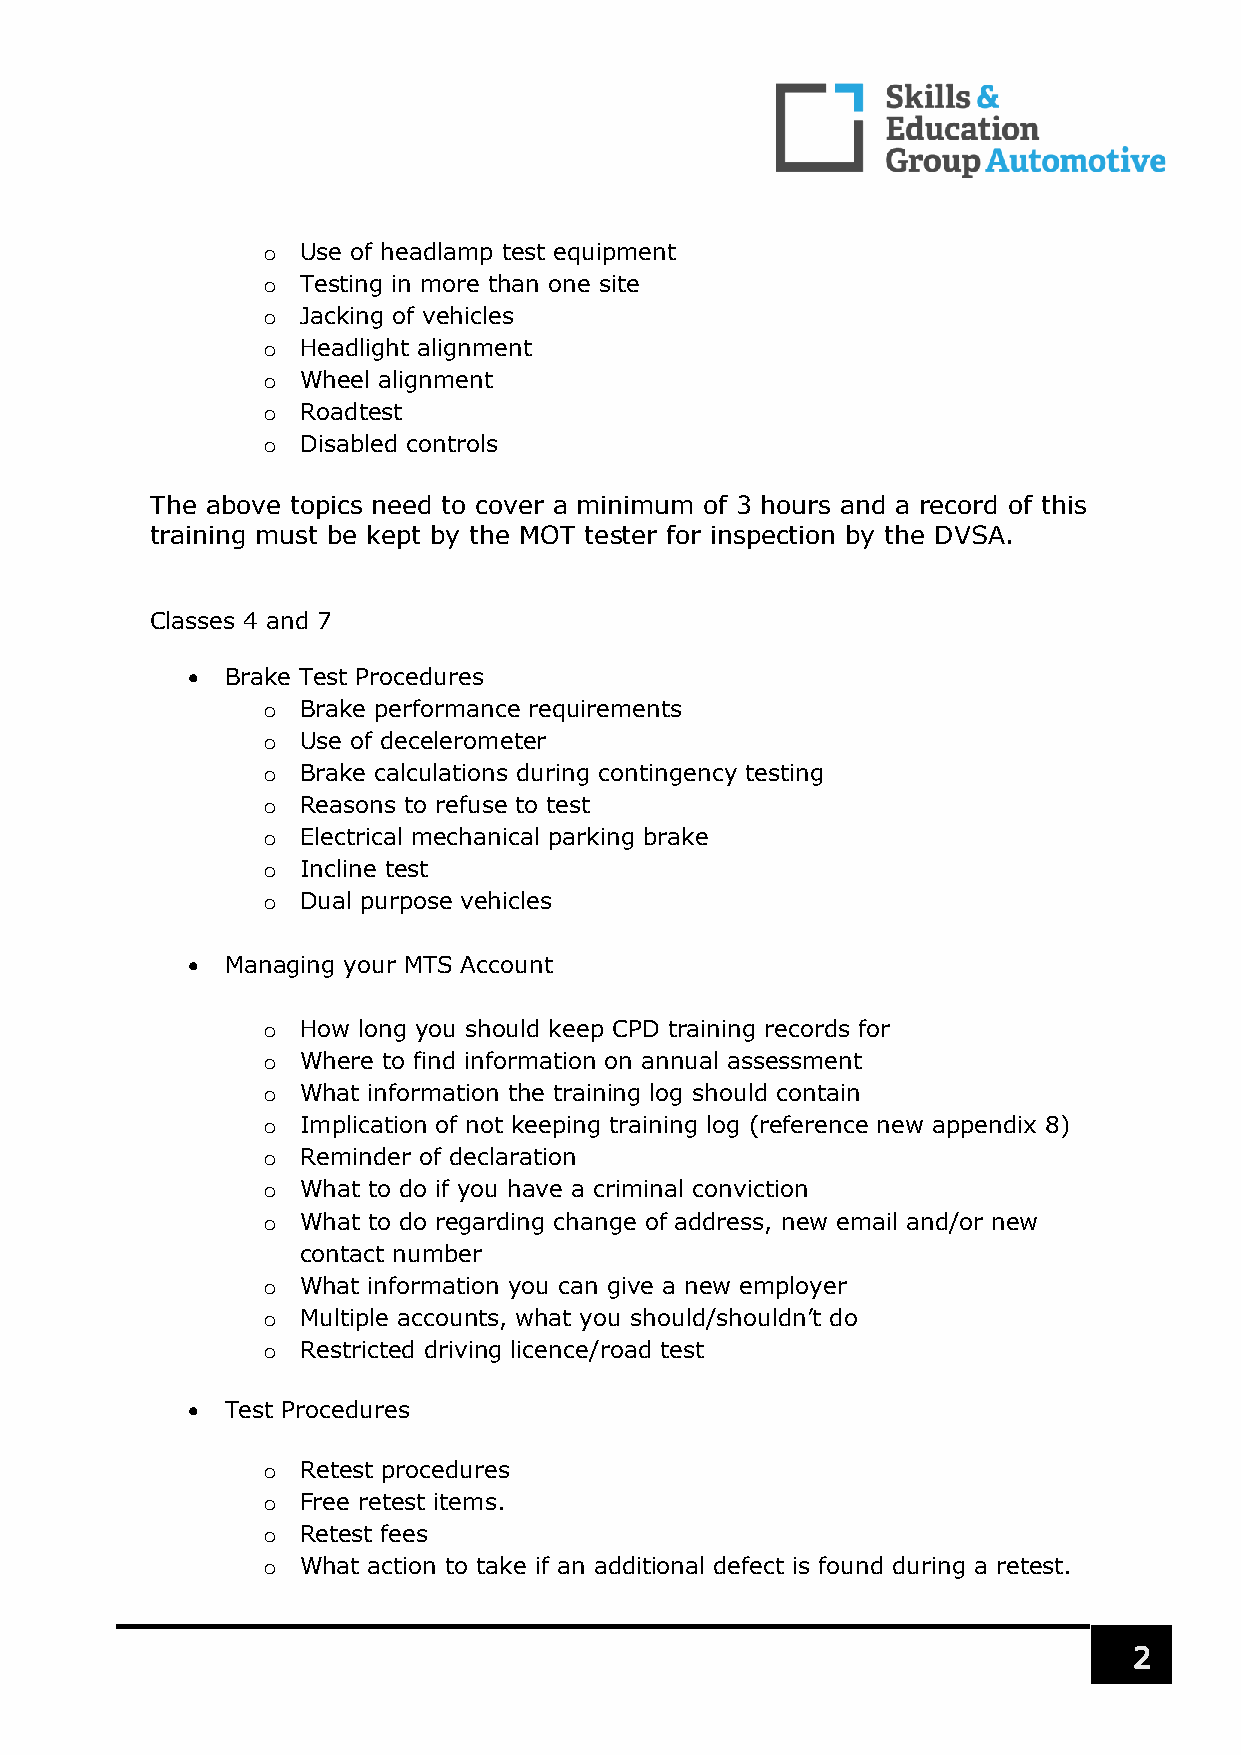
o  Use of headlamp test equipment
 o  Testing in more than one site
 o  Jacking of vehicles
 o  Headlight alignment
 o  Wheel alignment
 o  Roadtest
 o  Disabled controls
 The above topics need to cover a minimum of 3 hours and a record of this
 training must be kept by the MOT tester for inspection by the DVSA.
 Classes 4 and 7
   Brake Test Procedures
 o  Brake performance requirements
 o  Use of decelerometer
 o  Brake calculations during contingency testing
 o  Reasons to refuse to test
 o  Electrical mechanical parking brake
 o  Incline test
 o  Dual purpose vehicles
   Managing your MTS Account
 o  How long you should keep CPD training records for
 o  Where to find information on annual assessment
 o  What information the training log should contain
 o  Implication of not keeping training log (reference new appendix 8)
 o  Reminder of declaration
 o  What to do if you have a criminal conviction
 o  What to do regarding change of address, new email and/or new
 contact number
 o  What information you can give a new employer
 o  Multiple accounts, what you should/shouldn’t do
 o  Restricted driving licence/road test
   Test Procedures
 o  Retest procedures
 o  Free retest items.
 o  Retest fees
 o  What action to take if an additional defect is found during a retest.